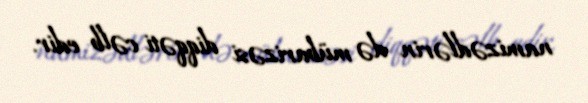
namizədlərin də mübarizəsi diqqəti cəlb edir.